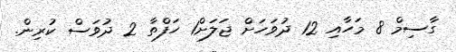
ގާސިމް 8 މަހާއި 12 ދުވަހަށް ޖަލަށް1 ހަފްތާ 2 ދުވަސް ކުރިން.